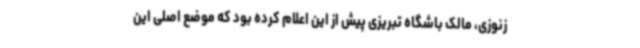
زنوزی، مالک باشگاه تبریزی پیش از این اعلام کرده بود که موضع اصلی این